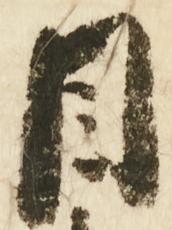
目